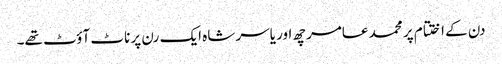
دن کے اختتام پر محمد عامر چھ اور یاسر شاہ ایک رن پر ناٹ آؤٹ تھے۔